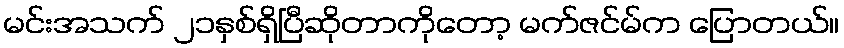
မင်းအသက် ၂၁နှစ်ရှိပြီဆိုတာကိုတော့ မက်ဇင်မ်က ပြောတယ်။